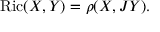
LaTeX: \operatorname { R i c } ( X , Y ) = \rho ( X , J Y ) .